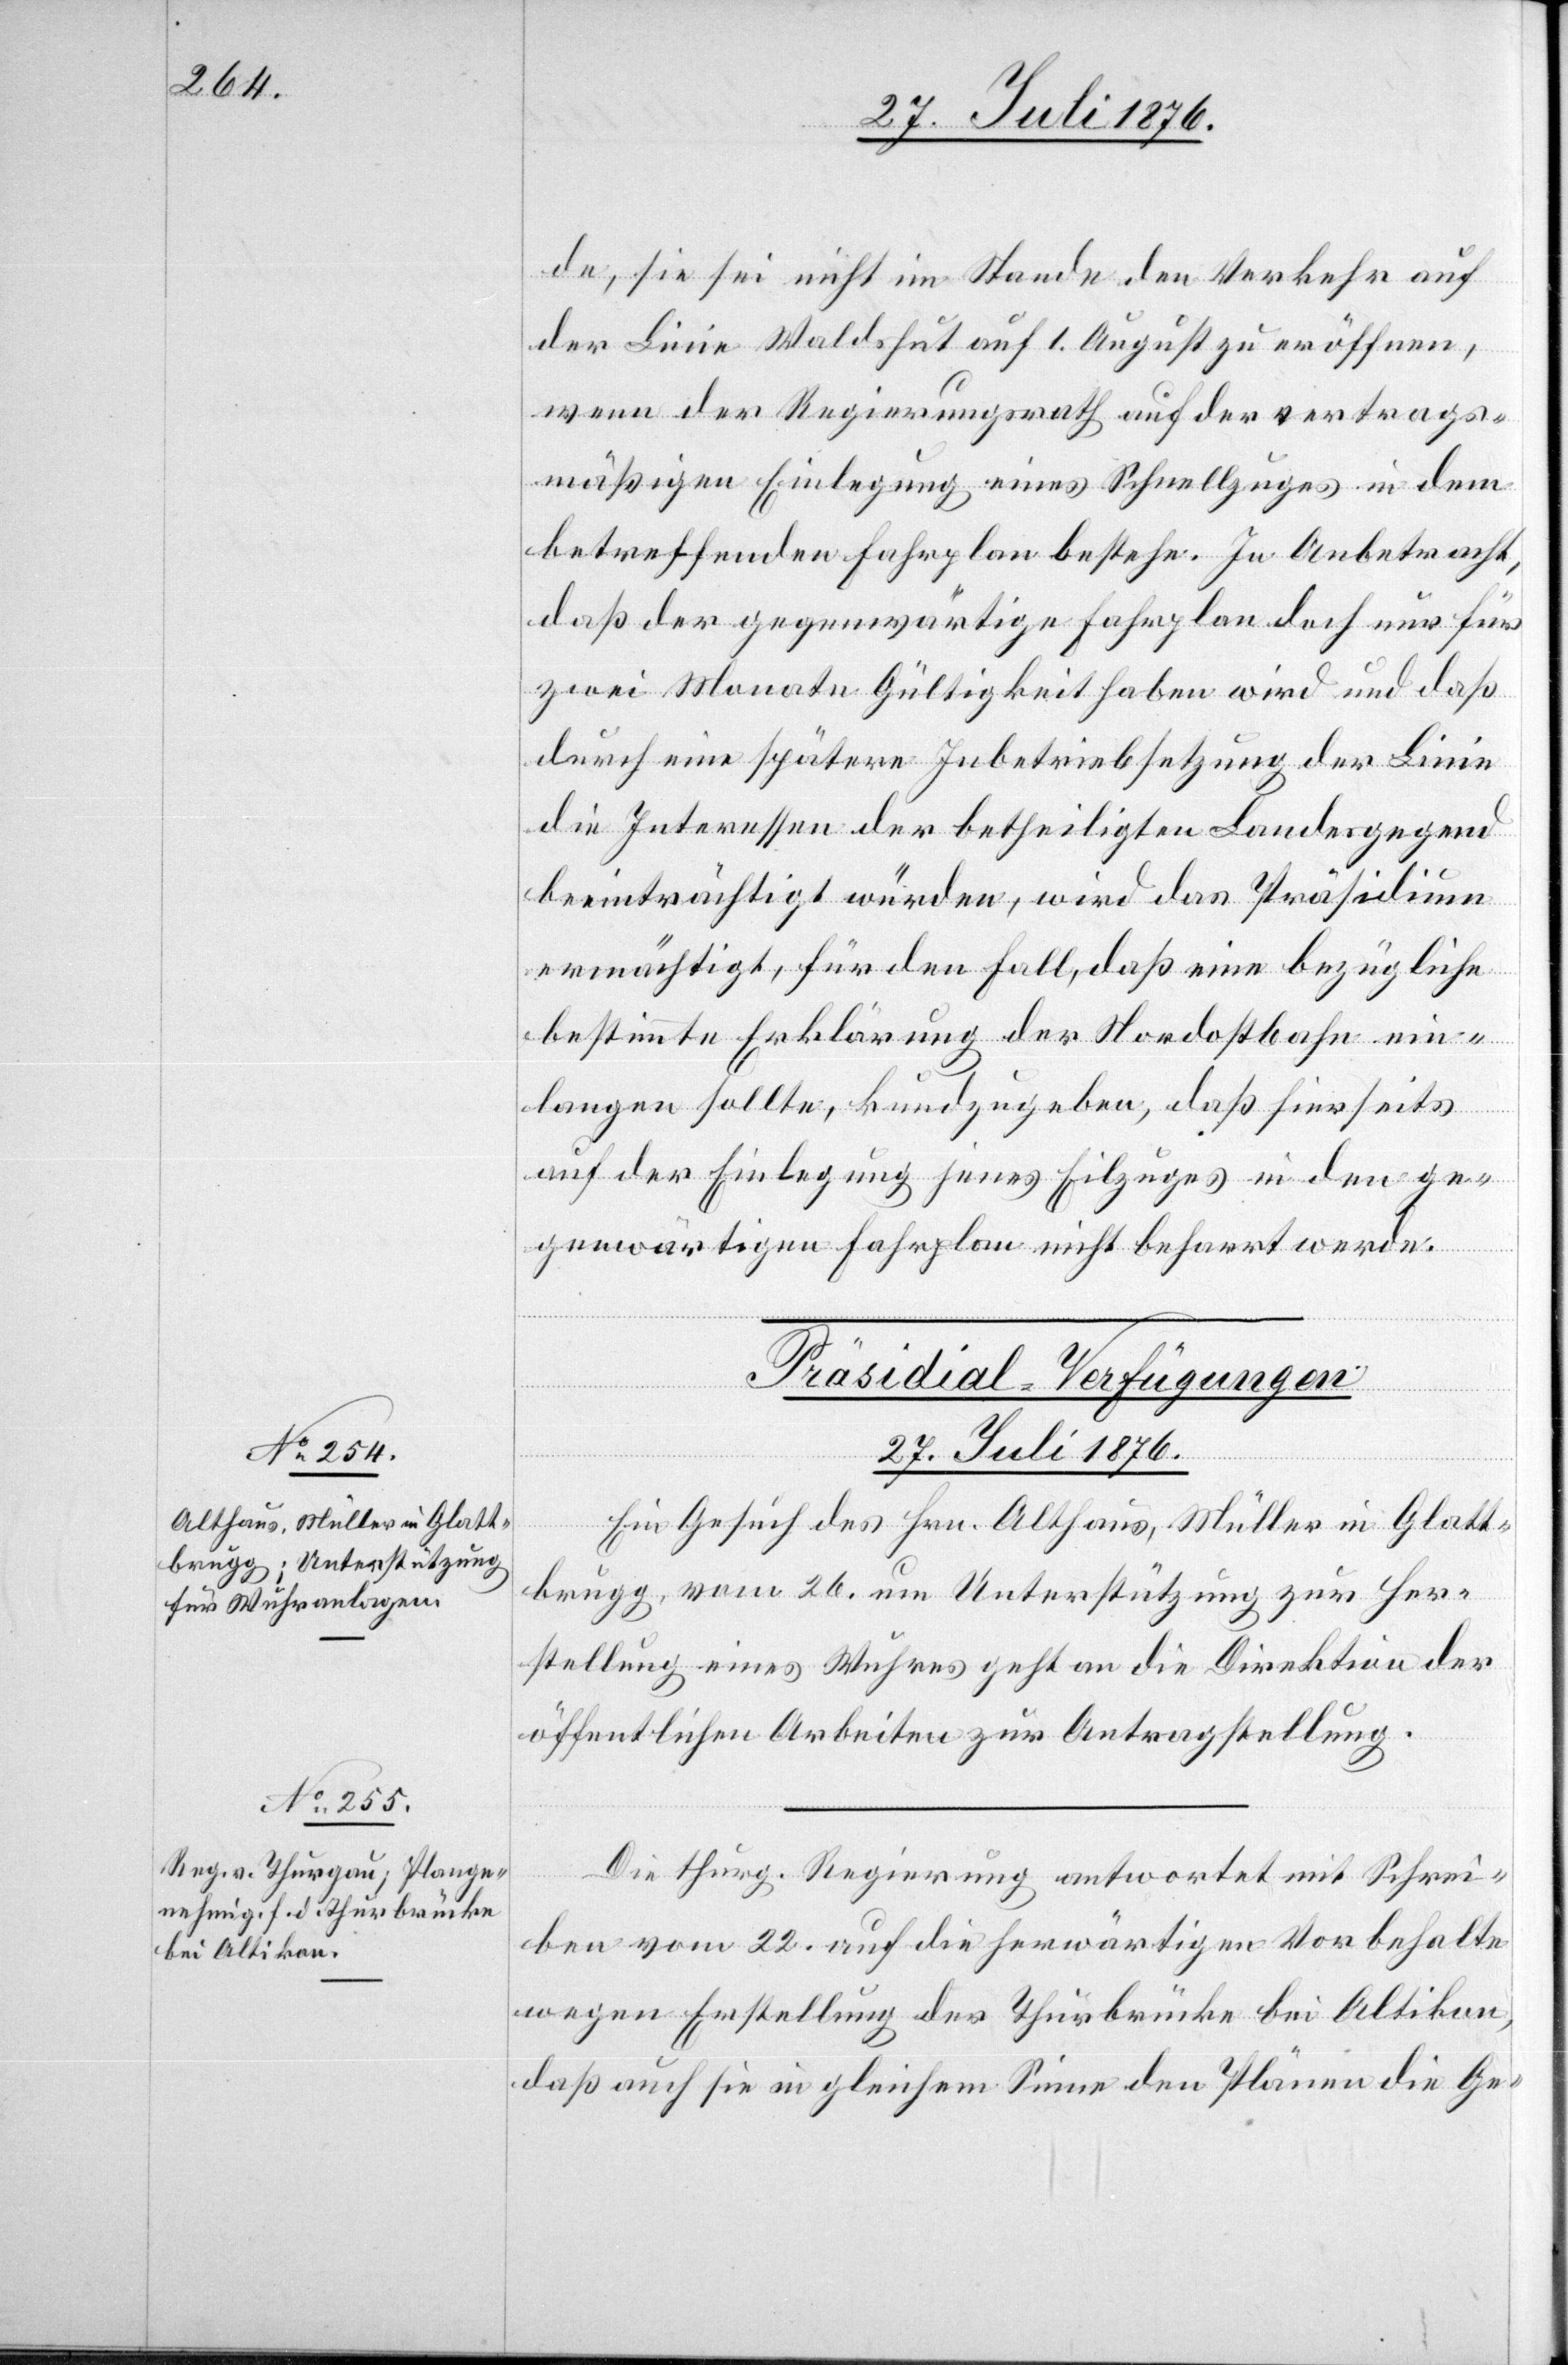
de, sie sei nicht im Stande den Verkehr auf
der Linie Waldshut auf 1. August zu eröffnen,
wenn der Regierungsrath auf der vertrags¬
mäßigen Einlegung eines Schnellzuges in dem
betreffenden Fahrplan bestehe. In Anbetracht,
das der gegenwärtige Fahrplan doch nur für
zwei Monate Gültigkeit haben wird und daß
durch eine spätere Inbetriebsetzung der Linie
die Interessen der betheiligten Landesgegend
beeinträchtigt würden, wird das Präsidium
ermächtigt, für den Fall, das eine bezügliche
bestimmte Erklärung der Nordostbahn ein¬
langen sollte, kundzugeben, daß hierseits
auf der Einlegung jenes Eilzuges in den ge¬
genwärtigen Fahrplan nicht beharrt werde.
[Präsidial-Verfügungen
27. Juli 1876.]
Ein Gesuch des Hrn. Althaus, Müller in Glatt¬
brugg, vom 26. um Unterstützung zur Her¬
stellung eines Wuhres geht an die Direktion der
öffentlichen Arbeiten zur Antragstellung.
Die thurg. Regierung antwortet mit Schri¬
eben vom 22. auf die herwärtigen Vorbehalte
wegen Erstellung der Thurbrücke bei Altikon,
das auch sie in gleichem Sinne den Plänen die Ge-